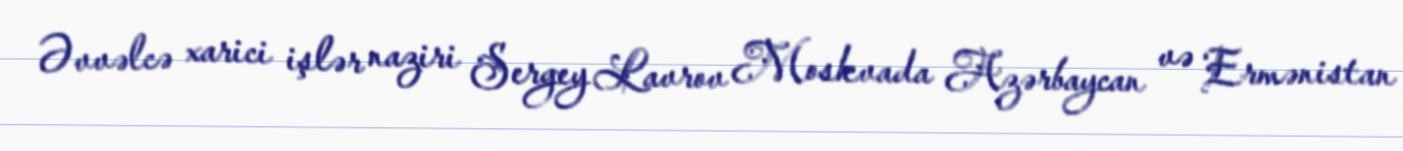
Əvvəlcə xarici işlər naziri Sergey Lavrov Moskvada Azərbaycan və Ermənistan